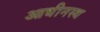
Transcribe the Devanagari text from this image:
आधीनस्थ